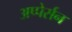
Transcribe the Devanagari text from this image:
अप्पेर्सन